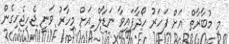
މި މުބާރާތް އަށް ފަހަރު ހޯދާފައިވާ ނަޑާލް އަށް މިހާރު ވަނީ ޖެހިޖެހިގެން